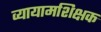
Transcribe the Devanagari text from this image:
व्यायामशिक्षक